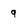
Character: q